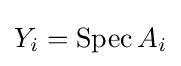
Y_{i}=\operatorname {Spec} A_{i}